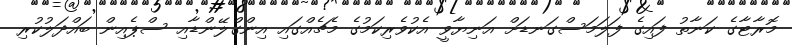
މޮރާޓާގެ ކަނާތު ފައިގެ ފަލަމަސްގަނޑަށް އަނިޔާވީ އެކުވެރިކަމުގެ މެޗެއްގައި އިންގްލޭންޑާއި ސްޕެއިން ބައްދަލުކުރި